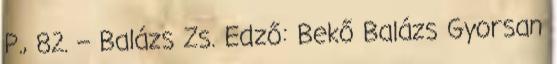
P., 82. – Balázs Zs. Edző: Bekő Balázs Gyorsan